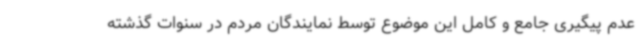
عدم پیگیری جامع و کامل این موضوع توسط نمایندگان مردم در سنوات گذشته